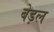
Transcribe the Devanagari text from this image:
बेड़ल